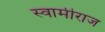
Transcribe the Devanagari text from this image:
स्वामीराज